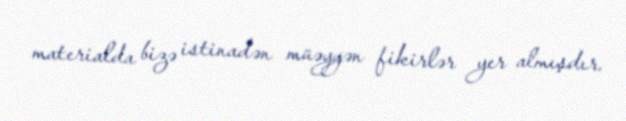
materialda bizə istinadən müəyyən fikirlər yer almışdır.